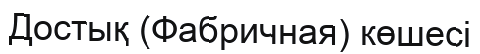
Достық (Фабричная) көшесі